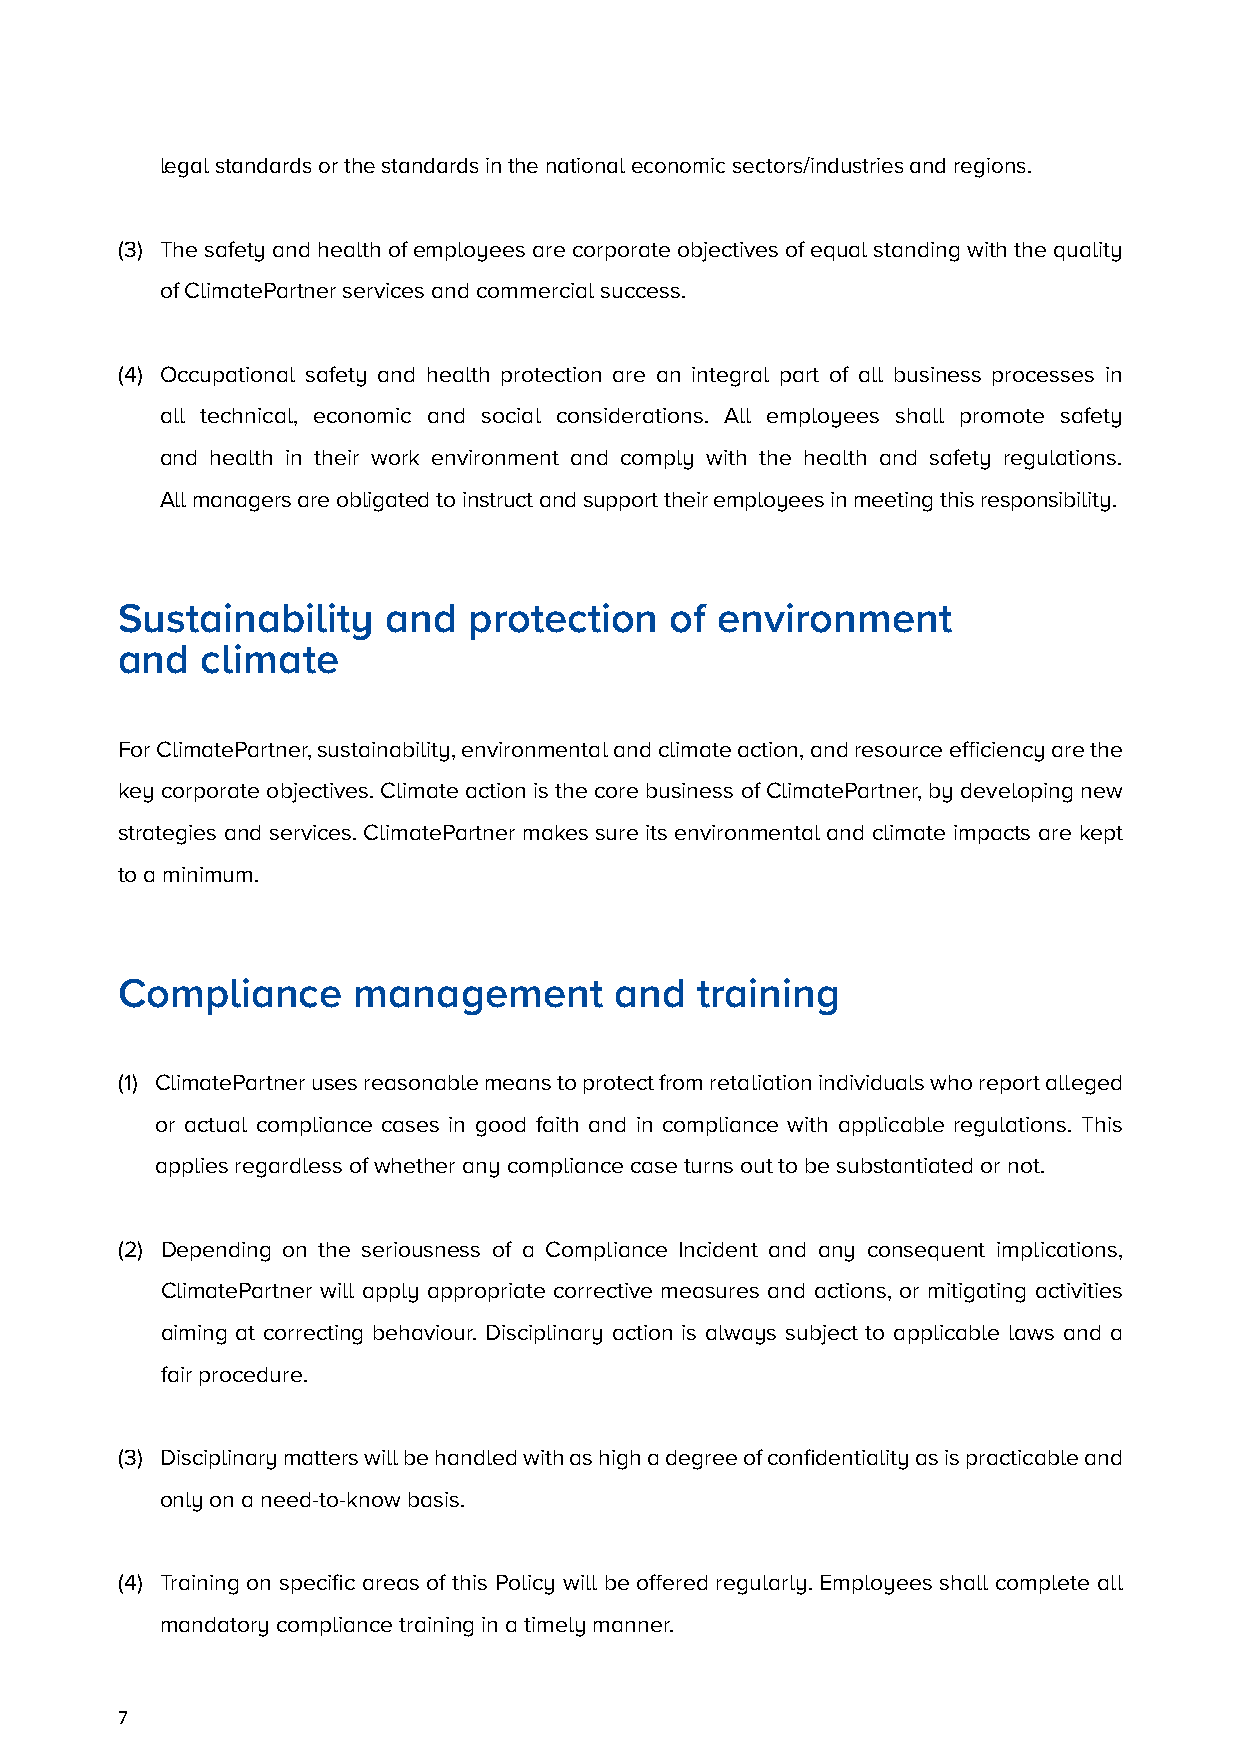
legal standards or the standards in the national economic sectors/industries and regions.
 (3) T he safety and health of employees are corporate objectives of equal standing with the quality
 of ClimatePartner services and commercial success.
 (4) O ccupational safety and health protection are an integral part of all business processes in
 all technical, economic and social considerations. All employees shall promote safety
 and health in their work environment and comply with the health and safety regulations.
 All managers are obligated to instruct and support their employees in meeting this responsibility.
 Sustainability    and  protection   of environment
 and  climate
 For ClimatePartner, sustainability, environmental and climate action, and resource efficiency are the
 key corporate objectives. Climate action is the core business of ClimatePartner, by developing new
 strategies and services. ClimatePartner makes sure its environmental and climate impacts are kept
 to a minimum.
 Compliance     management        and  training
 (1) C limatePartner uses reasonable means to protect from retaliation individuals who report alleged
 or actual compliance cases in good faith and in compliance with applicable regulations. This
 applies regardless of whether any compliance case turns out to be substantiated or not.
 (2) Depending on the seriousness of a Compliance Incident and any consequent implications,
 ClimatePartner will apply appropriate corrective measures and actions, or mitigating activities
 aiming at correcting behaviour. Disciplinary action is always subject to applicable laws and a
 fair procedure.
 (3) D isciplinary matters will be handled with as high a degree of confidentiality as is practicable and
 only on a need-to-know basis.
 (4) T raining on specific areas of this Policy will be offered regularly. Employees shall complete all
 mandatory compliance training in a timely manner.
 7